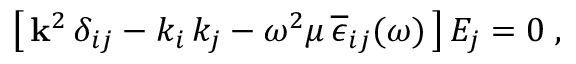
\begin{array} { r } { \left[ \, { \bf k } ^ { 2 } \, \delta _ { i j } - k _ { i } \, k _ { j } - \omega ^ { 2 } \mu \, \overline { { \epsilon } } _ { i j } ( \omega ) \, \right] E _ { j } = 0 \; , } \end{array}